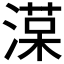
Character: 𣼑